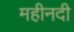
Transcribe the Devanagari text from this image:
महीनदी